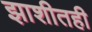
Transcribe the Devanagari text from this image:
झाशीतही